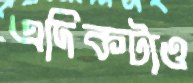
এদিকটাও